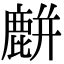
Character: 𪋋